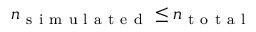
n _ { \mathrm { ~ s ~ i ~ m ~ u ~ l ~ a ~ t ~ e ~ d ~ } } \le n _ { \mathrm { ~ t ~ o ~ t ~ a ~ l ~ } }